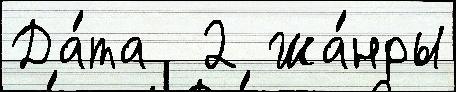
Да́та  2 Жа́нры